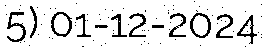
5) 01-12-2024